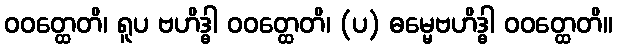
ဝဝတ္ထေတိ၊ ရူပ ဗဟိဒ္ဓါ ဝဝတ္ထေတိ၊ (ပ) ဓမ္မေဗဟိဒ္ဓါ ဝဝတ္ထေတိ။